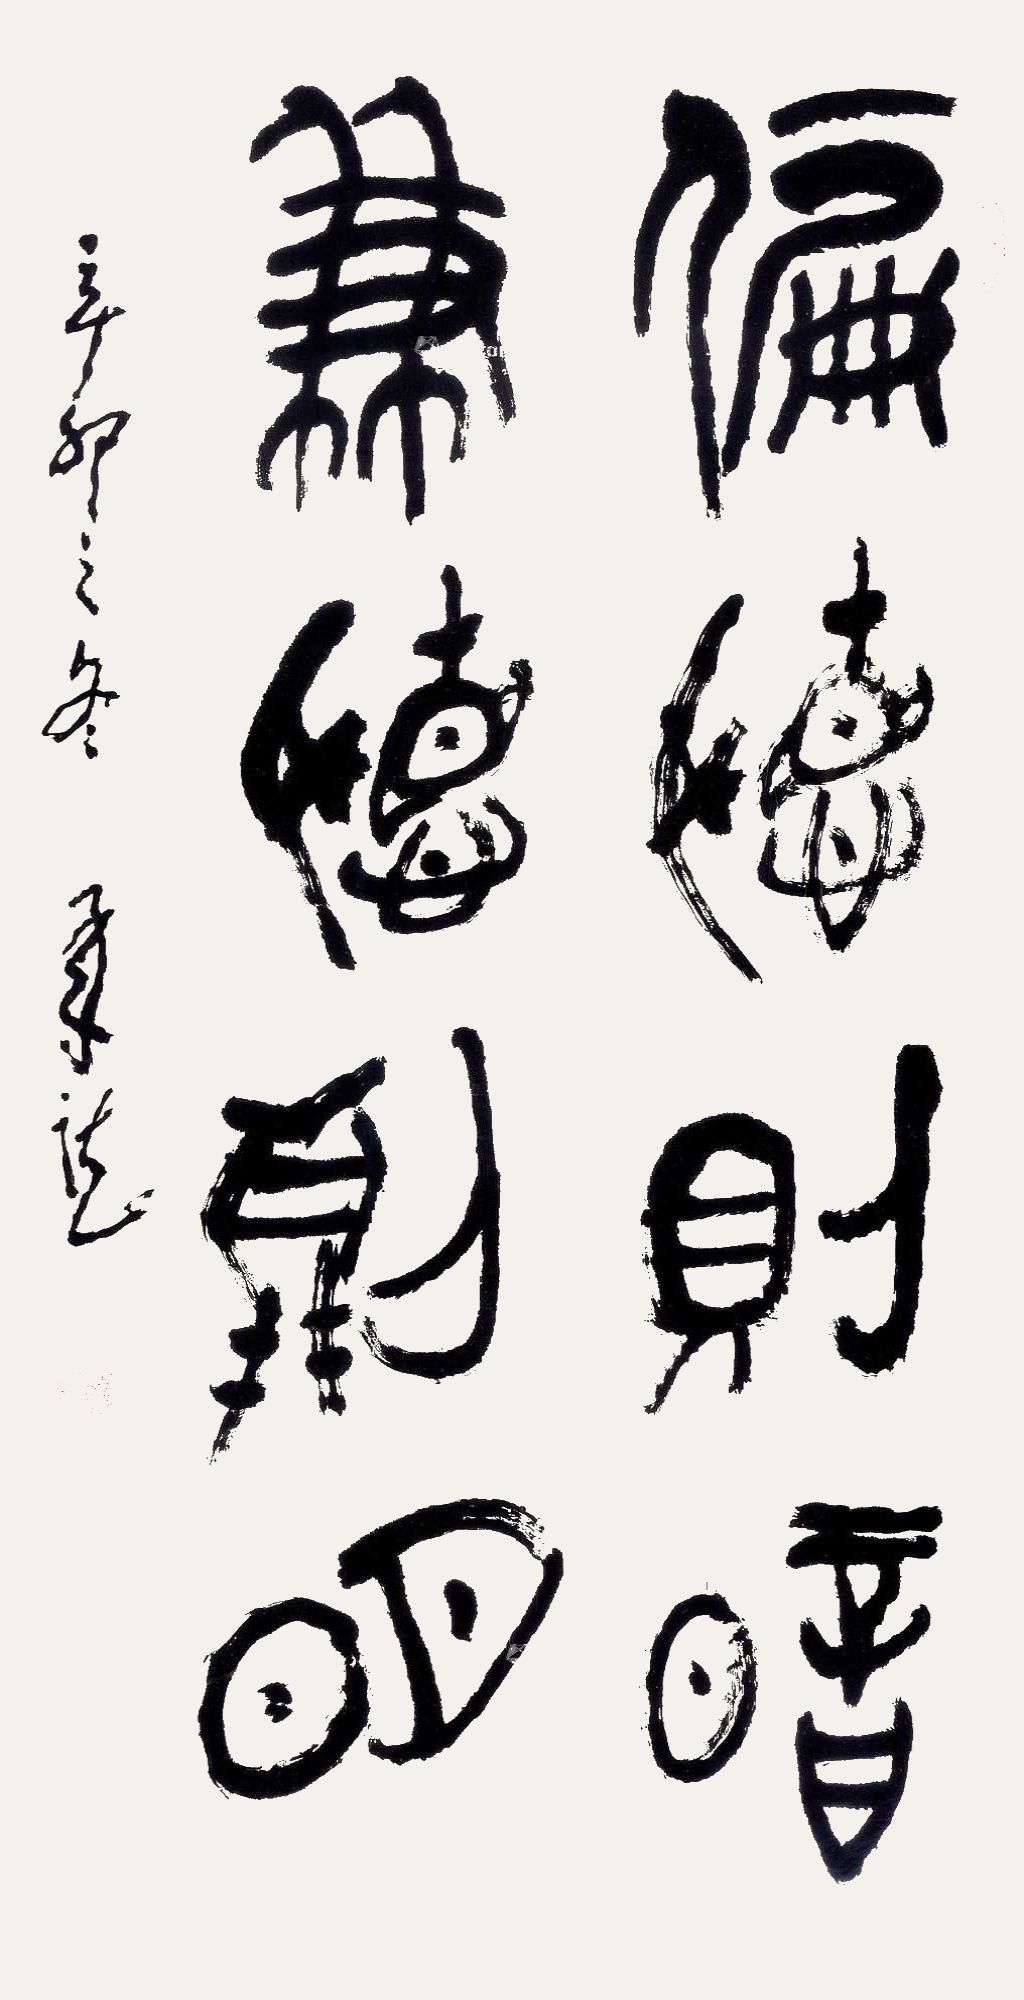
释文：偏听则暗，兼听则明辛卯之冬，承志